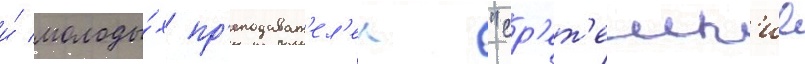
и́ молоды́х пр'еподават'ел'еи "ср'ет'енск'ие